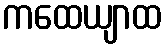
ကထေယျာထ